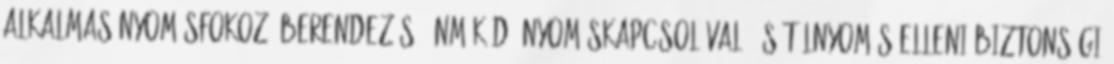
alkalmas nyomásfokozó berendezés, önmûködõ nyomáskapcsolóval, és túlnyomás elleni biztonsági